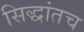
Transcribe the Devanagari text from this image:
सिद्धांतच